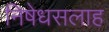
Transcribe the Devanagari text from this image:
निषेधसलाह